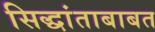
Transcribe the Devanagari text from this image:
सिद्धांताबाबत